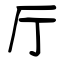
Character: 厅